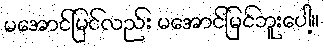
မအောင်မြင်လည်း မအောင်မြင်ဘူးပေါ့။